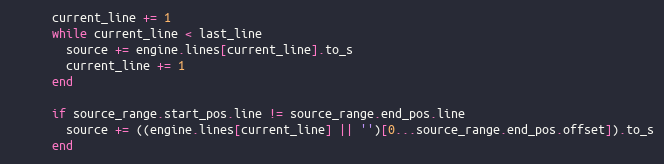
Language: Ruby
      current_line += 1
      while current_line < last_line
        source += engine.lines[current_line].to_s
        current_line += 1
      end

      if source_range.start_pos.line != source_range.end_pos.line
        source += ((engine.lines[current_line] || '')[0...source_range.end_pos.offset]).to_s
      end